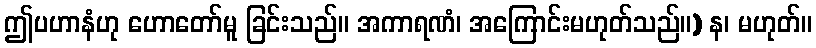
ဤပဟာနံဟု ဟောတော်မူ ခြင်းသည်။ အကာရဏံ၊ အကြောင်းမဟုတ်သည်။) န၊ မဟုတ်။